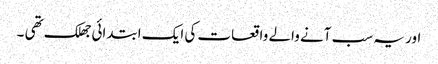
اور یہ سب آنے والے واقعات کی ایک ابتدائی جھلک تھی ۔